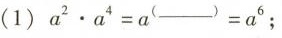
(1)$$a ^ { 2 } \cdot a ^ { 4 } = a ^ { 6 }$$；